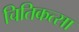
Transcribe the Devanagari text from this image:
चितिकत्सा